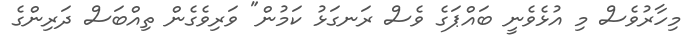
މިހާރުވެސް މި އުޅެވެނީ ބައްޕަގެ ވެސް ރަނގަޅު ކަމުން" ވަރިވެގެން ތިއްބަސް ދަރިންގެ